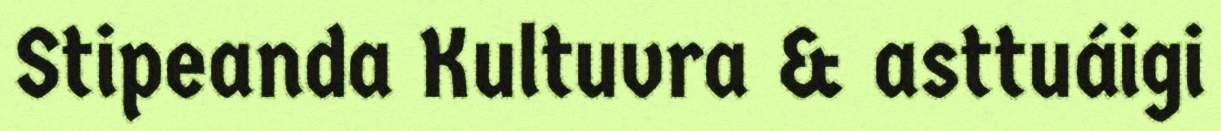
Stipeanda Kultuvra & asttuáigi